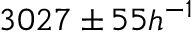
3 0 2 7 \pm 5 5 h ^ { - 1 }